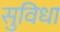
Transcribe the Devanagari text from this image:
सुविधा